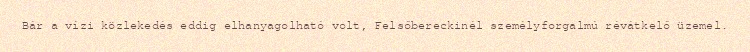
Bár a vízi közlekedés eddig elhanyagolható volt, Felsőbereckinél személyforgalmú révátkelő üzemel.